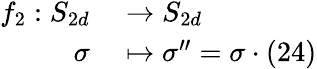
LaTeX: \begin{array}{rl}{f_{2}:S_{2d}}&{{}\to S_{2d}}\\ {\sigma}&{{}\mapsto\sigma^{\prime\prime}=\sigma\cdot(24)}\end{array}